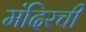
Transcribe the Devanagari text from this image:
मंदिरची